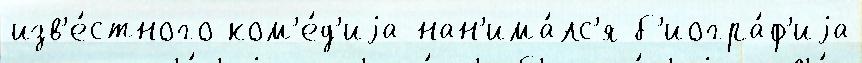
изв'е́стного ком'е́д'иjа нан'има́лс'я б'иогра́ф'иjа